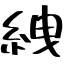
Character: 絏